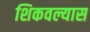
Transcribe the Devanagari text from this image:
शिकवल्यास